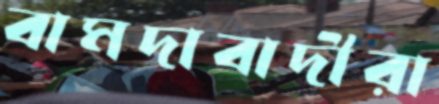
বামদাবাদীরা